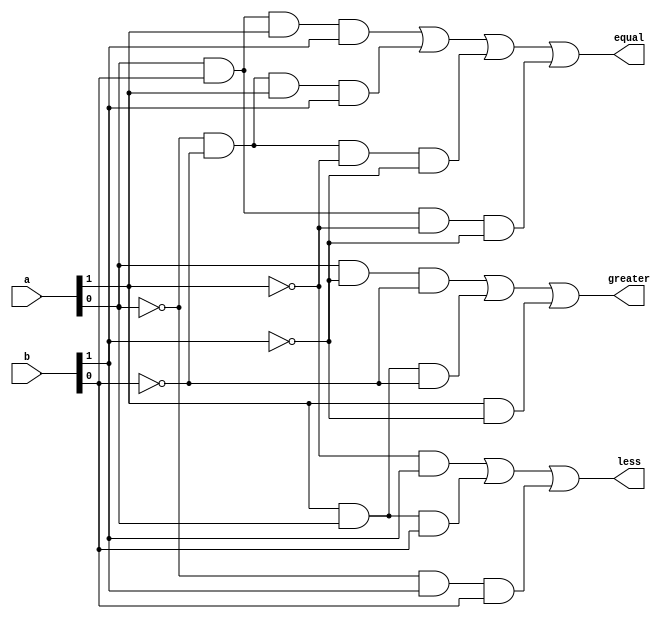
`timescale 10ns / 1ns

module twoBitComp(
    input [1:0] a,
    input [1:0] b,
    output greater, less, equal
);

    assign greater = (a[0] & ~b[1] & ~b[0]) | (a[1] & a[0] & ~b[0]) | (a[1] & ~b[1]);

    assign less = (~a[1] & b[1]) | (a[1] & a[0] & b[0]) | (~a[0] & b[1] & b[0]);

    assign equal = (a[0] & b[0] & a[1] & b[1]) | (~a[0] & ~b[0] & a[1] & b[1]) |
                    (~a[0] & ~b[0] & ~a[1] & ~b[1])| (a[0] & b[0] & ~a[1] & ~b[1]);

endmodule

module twoBitComp_tb;
    reg [1:0] a;
    reg [1:0] b;
    wire greater, less, equal;

    twoBitComp uut(a, b, greater, less, equal);

    initial
    begin
        $dumpfile("twoBitComp.vcd");
        $dumpvars(0, twoBitComp_tb);
        $monitor("a = %b, b = %b, greater = %b, less = %b, equal = %b", a, b, greater, less, equal);

        a = 1;
        b = 2;
        #10;

        a = 4;
        b = 4;
        #10;

        a = 3;
        b = 0;
        #10;

        $finish;
    end
endmodule